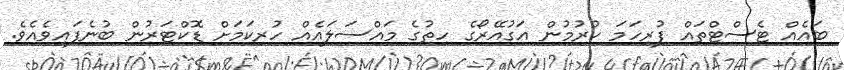
ބައެއް ޓެސްޓްތައް ފުރިހަމަ ކުރުމުން އަގުއޭރޯގެ ހިތުގެ މައްސަލައެއް ހުރިކަމަށް ޑޮކްޓަރުން ބުނެފައިވެއެވެ.